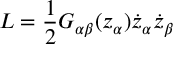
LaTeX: L = \frac { 1 } { 2 } G _ { \alpha \beta } ( z _ { \alpha } ) \dot { z } _ { \alpha } \dot { z } _ { \beta }